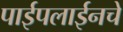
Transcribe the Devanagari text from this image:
पाईपलाईनचे